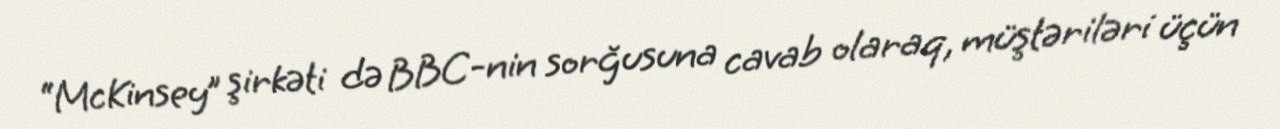
“McKinsey” şirkəti də BBC-nin sorğusuna cavab olaraq, müştəriləri üçün